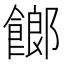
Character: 𩝢